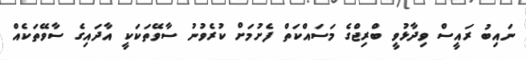
ނައިބު ރައީސް ވިދާޅުވީ ބްރިޖްގެ މަސައްކަތް ފެށުމަށް ކުރެވުނު ސާވޭތަކަކީ އާދައިގެ ސާވޭތަކެއް